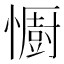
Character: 𢣵